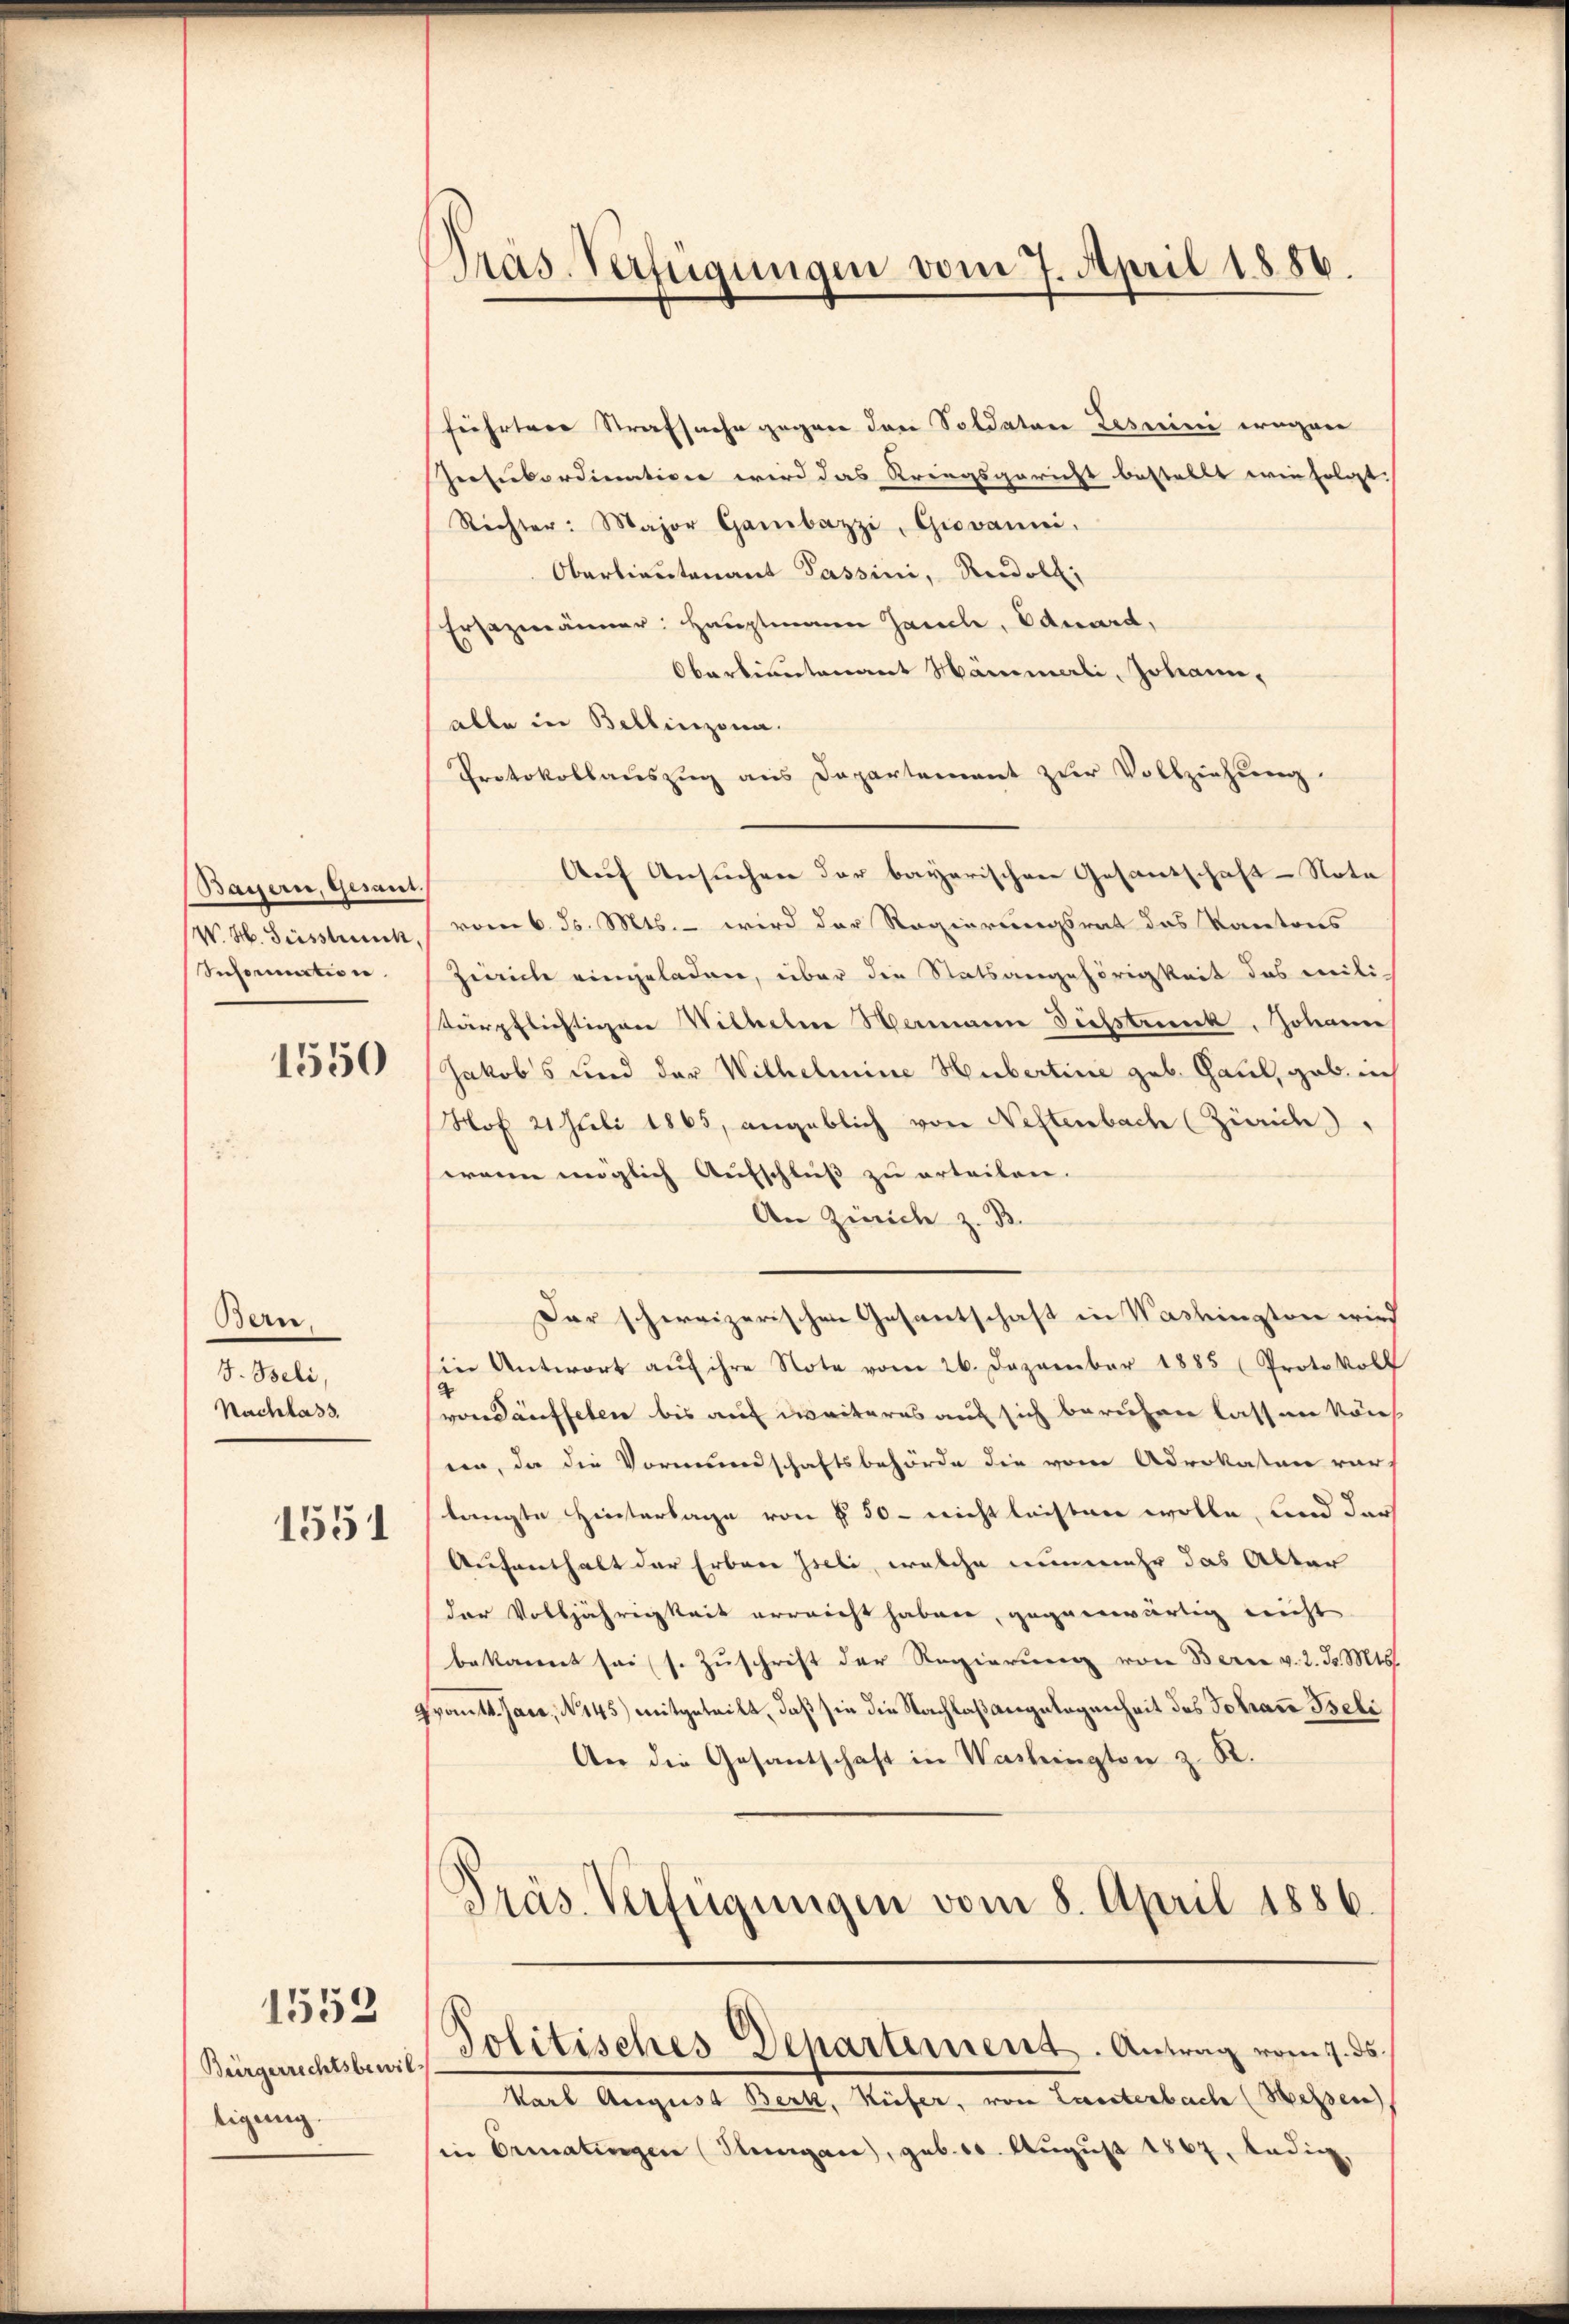
Bayern, Gesant.
W. H. Geisstrick,
Information.

1550

Bern.
J. Beli,
Nachlass

1551

1559

Bürgerrechtsbewil
tigung.

Präs. Verfügungen vom 7. April 1886.

führtere Strafsache gegen den Soldaten Lesmini wegen
Peesikordination wird das Kriegsgericht bestellt wie folgt:
Richter: Major Gambazzi, Giovanni.
Oberlieutenant Passini, Rudoll;
Ersezmänner: Hauptmann Jauch, Eduard,
Oberlieutenant Nämmerli, Johann,
alle in Bellinzona.
Protokollauszug aus Departement zur Vollziehung.
Auf Ansuchen der bayerischen Gesandschaft - Nota
vom 6. d. Mts. – wird der Regierungsrat das Kantons
Zürich eingeladen, über die Statsangehörigkeit des militärpflichtigen Wilhelm Wemann Dichstruck, Johann
Jakobs und der Wilhelmine Hubertine geb. Gaul, gab ich
Nof 21 Juli 1865, angeblich von Neftenbach (Zürich)
wann möglich Aufschluß zu erteilen.
An Zieiche z. B.
Dar schweizerischen Gesantschaft in Washington wird
in Antwort aŭf ihre Note vom 26. Dezember 1885 (Protokoll
von Käuffelen bis auf weiteres auf sich beruhen lassen kön
ein, da die Vormundschaftsbehörde die vom Advokaten vor
langte Hinterlage von § 50 - reicht leisten wolle, und dar
Aufenthalt der Erbare Iseli, welche nunmehr das Alter
der Volljährigkeit erreicht haben, gegenwärtig nicht
bekannt sei s. Zŭschrift der Regierŭng von Berne v. 2. d. Mts.
voitt. Gase, N. 145) mitgeteilt, daß sie die Nachlaßangelegenheit des Johann Iseli
An die Gesantschaft in Washington z. R.
Präs. Verfügungen vom 8. April 1886.

Politisches Departement. Antrag vom 7. ds.

Karl August Berk, Küfer, von Lanterbach (Wessen)
in Ermatingen (Hungare), geb. 10. August 1867, ledig